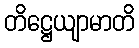
တိဋ္ဌေယျာမာတိ